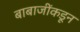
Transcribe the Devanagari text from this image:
बाबाजींकडून